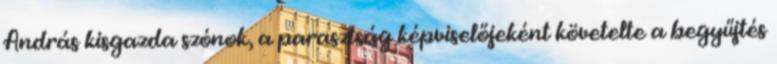
András kisgazda szónok, a parasztság képviselőjeként követelte a begyűjtés